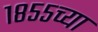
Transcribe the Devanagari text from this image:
१८५५च्या